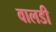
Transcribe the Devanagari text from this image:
वालडी